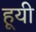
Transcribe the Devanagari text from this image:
हूयी